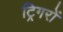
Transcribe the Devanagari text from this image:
ट्रिगरों